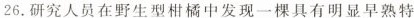
26.研究人员在野生型柑橘中发现一棵具有明显早熟特